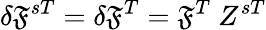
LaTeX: \delta\mathfrak{F}^{sT}=\delta\mathfrak{F}^{T}=\mathfrak{F}^{T}~Z^{sT}